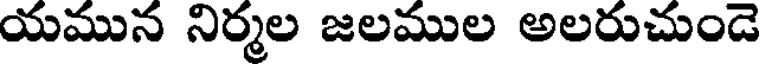
యమున నిర్మల జలముల అలరుచుండె